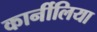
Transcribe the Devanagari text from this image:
कार्नीलिया